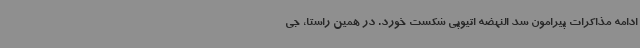
ادامه مذاکرات پیرامون سد النهضه اتیوپی شکست خورد. در همین راستا، جی